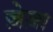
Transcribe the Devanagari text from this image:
ज़ेज़ा